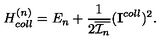
H _ { c o l l } ^ { ( n ) } = E _ { n } + \frac { 1 } { 2 \overline { { { \cal I } _ { n } } } } ( { \bf I } ^ { c o l l } ) ^ { 2 } .